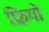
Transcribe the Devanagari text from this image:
फ्रियो